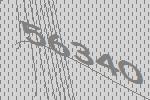
56340